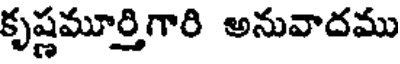
కృష్ణమూర్తిగారి అనువాదము